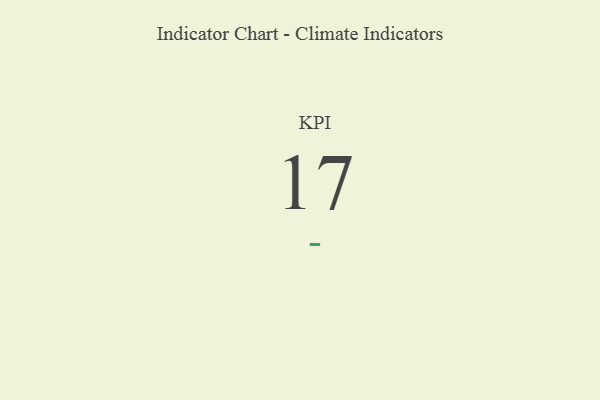
{"axis": {"x": "KPI", "y": "Value"}, "legend": [""], "data": [{"x": "KPI", "y": 17, "type": ""}]}